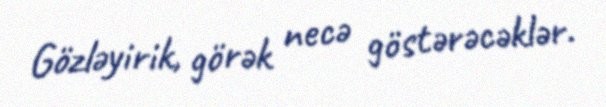
Gözləyirik, görək necə göstərəcəklər.